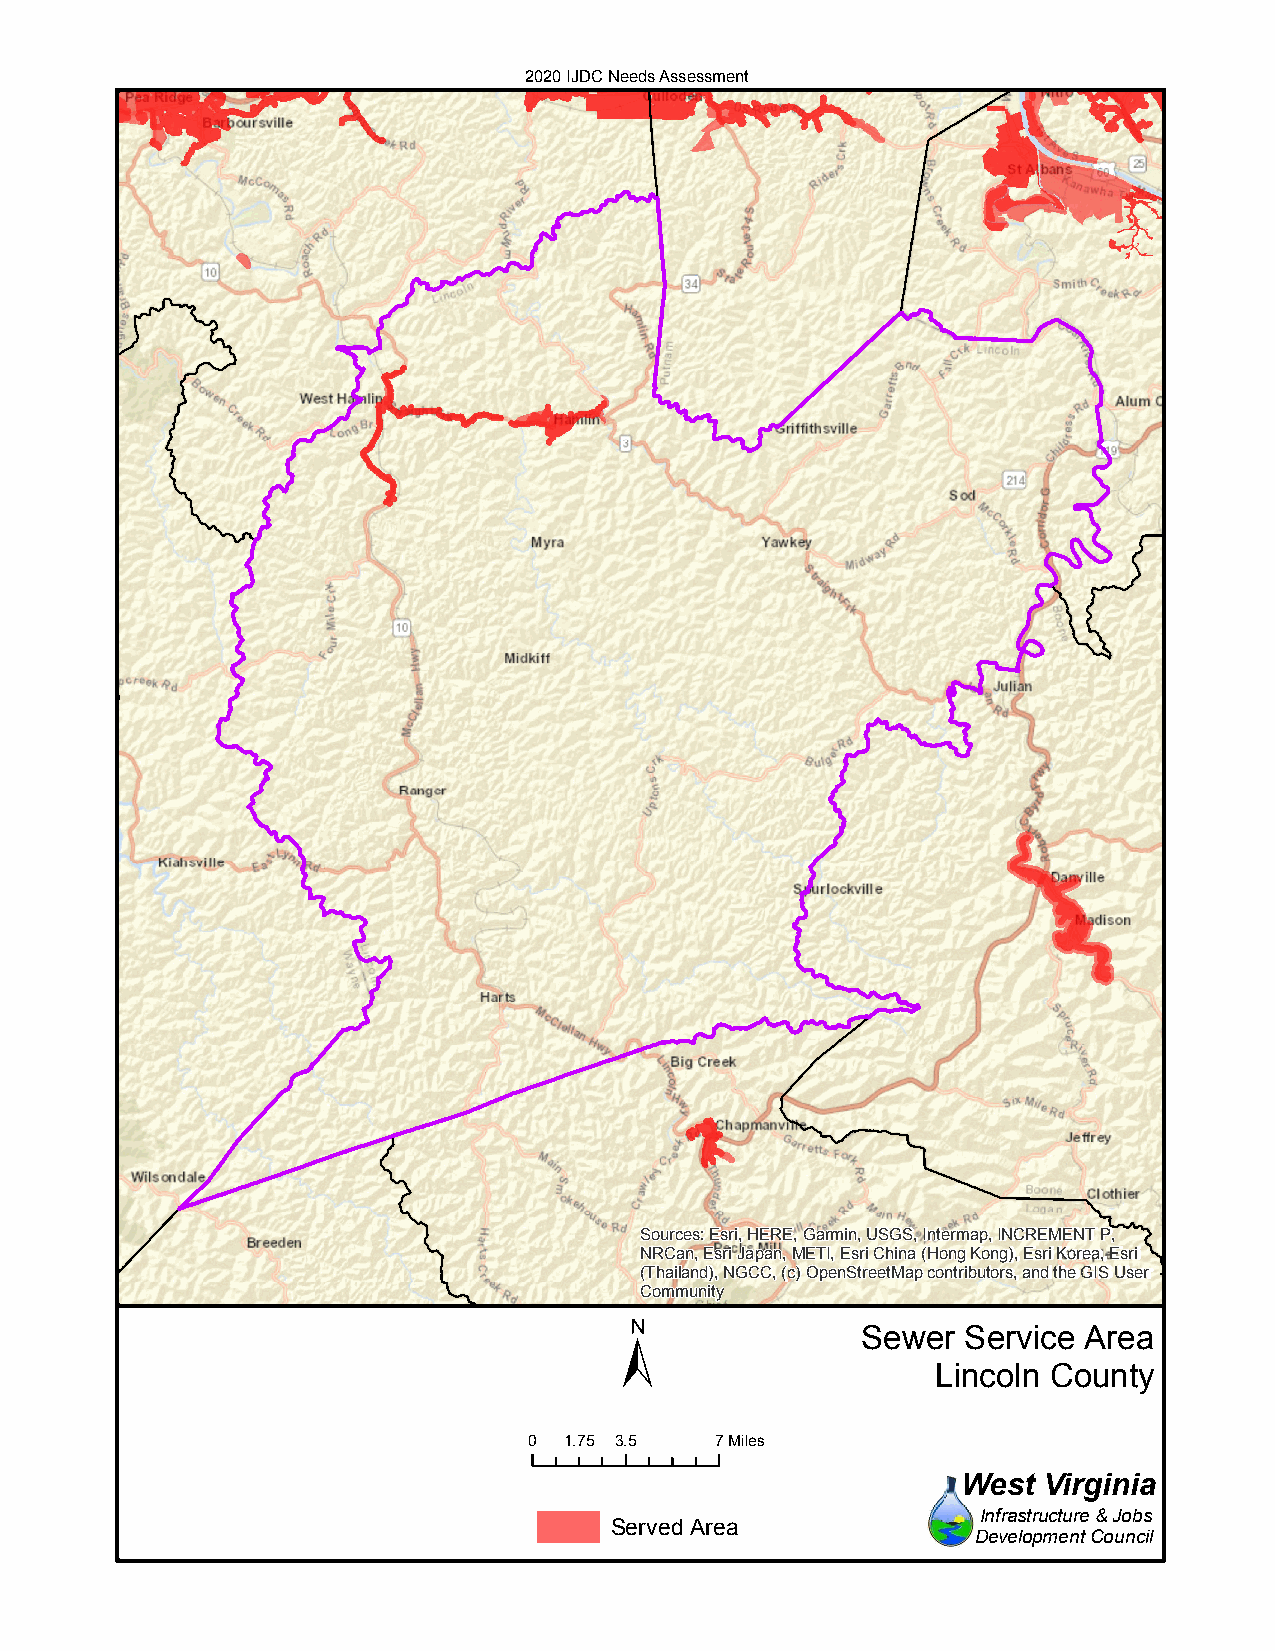
2020 IJDC Needs Assessment
 Sources: Esri, HERE, Garmin, USGS, Intermap, INCREMENT P,
 NRCan, Esri Japan, METI, Esri China (Hong Kong), Esri Korea, Esri
 (Thailand), NGCC, (c) OpenStreetMap contributors, and the GIS User
 Community
 ±
 Sewer  Service Area
 Lincoln County
 0 1.75 3.5  7Miles
 West Virginia
 Infrastructure & Jobs
 Served Area
 Development Council